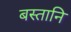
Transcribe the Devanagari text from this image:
बस्तानि